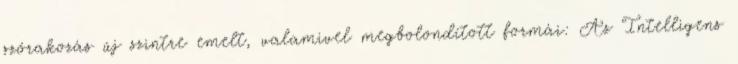
szórakozás új szintre emelt, valamivel megbolondított formái: Az Intelligens